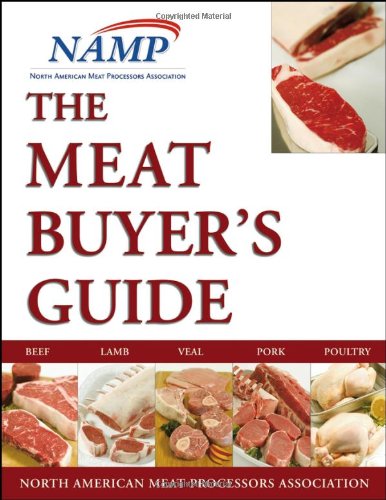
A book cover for The Meat Buyers Guide : Meat, Lamb, Veal, Pork and Poultry; NAMP North American Meat Processors Association; Cookbooks, Food & Wine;